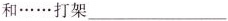
和……打架___